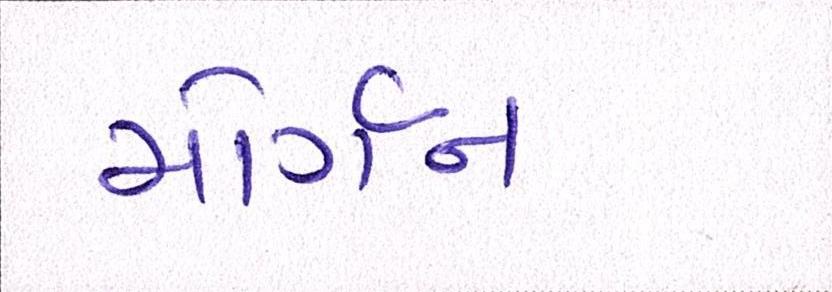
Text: મોર્ગન